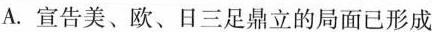
A.宣告美、欧、日三足鼎立的局面已形成